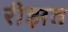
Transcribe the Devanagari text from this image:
रीझत